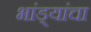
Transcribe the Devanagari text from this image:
भांड्यांचा